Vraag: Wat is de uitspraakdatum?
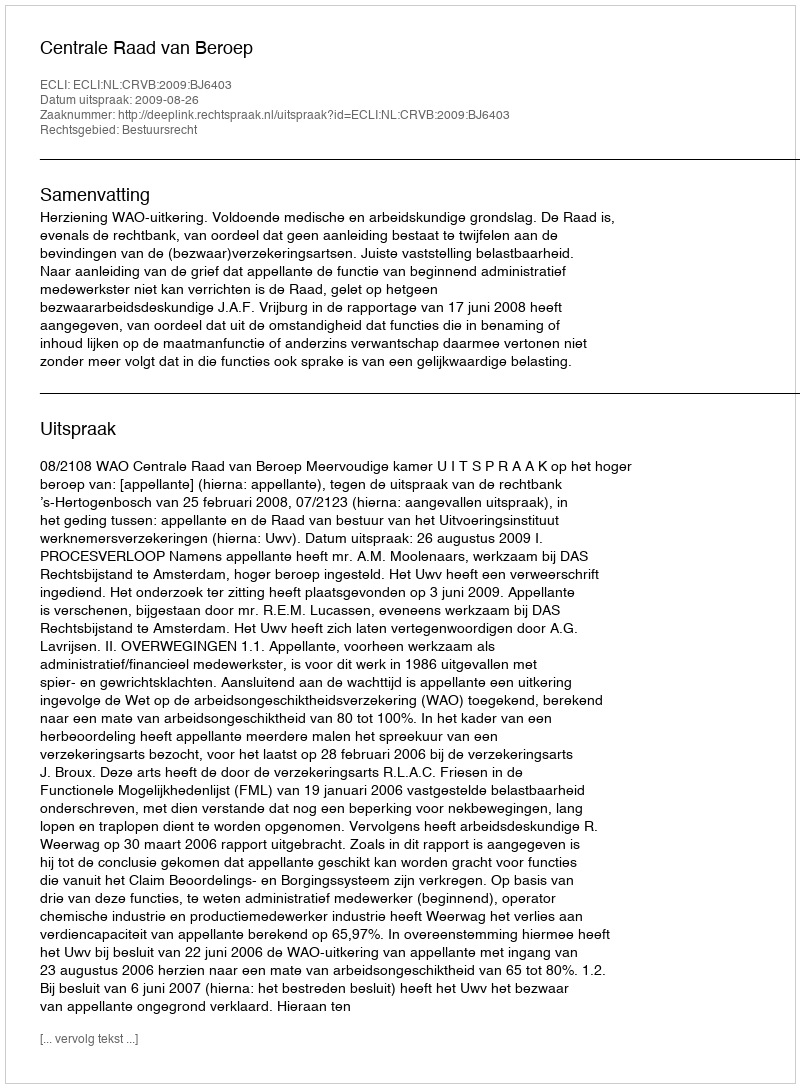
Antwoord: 2009-08-26